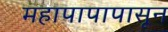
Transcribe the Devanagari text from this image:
महापापापासून